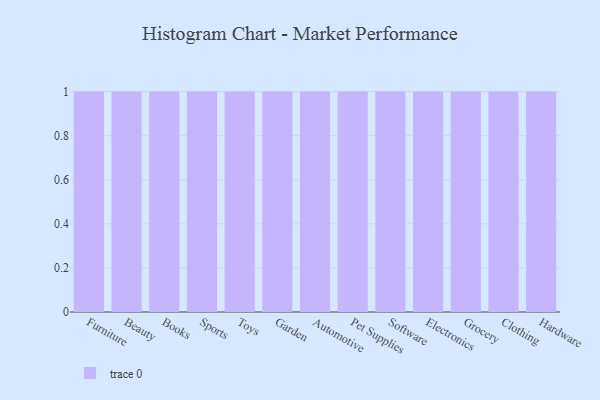
{"axis": {"x": "Category", "y": "Customer Acquisition Cost (USD)"}, "legend": [""], "data": [{"x": "Furniture", "y": 9, "type": ""}, {"x": "Beauty", "y": 71, "type": ""}, {"x": "Books", "y": 76, "type": ""}, {"x": "Sports", "y": 75, "type": ""}, {"x": "Toys", "y": 16, "type": ""}, {"x": "Garden", "y": 34, "type": ""}, {"x": "Automotive", "y": 44, "type": ""}, {"x": "Pet Supplies", "y": 51, "type": ""}, {"x": "Software", "y": 3, "type": ""}, {"x": "Electronics", "y": 15, "type": ""}, {"x": "Grocery", "y": 72, "type": ""}, {"x": "Clothing", "y": 69, "type": ""}, {"x": "Hardware", "y": 59, "type": ""}]}